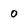
Character: 0